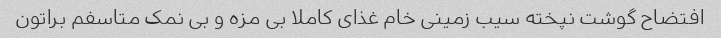
افتضاح گوشت نپخته سیب زمینی خام غذای کاملا بی مزه و بی نمک متاسفم براتون